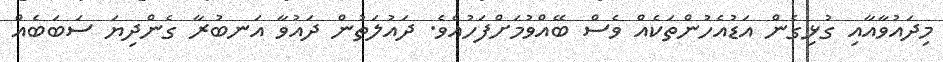
މިދައުވާއާއި ގުޅިގެން އަޑުއެހުންތަކެއް ވެސް ބޭއްވުމަށްފަހުއެވެ. ދައުލަތުން ދައުވާ އަނބުރާ ގެންދިޔަ ސަބަބެއް